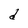
Character: d